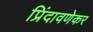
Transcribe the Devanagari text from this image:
प्रिंदावणेकर